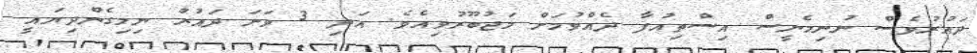
ދައުރުވެސް ނުނިމެނީސް އިސްތިއުފާ ދެއްވުމަށް މަޖުބޫރުވިއެވެ. އަދި 3 ވަނަ ދައުރު ނިމިގެންދިޔައީ